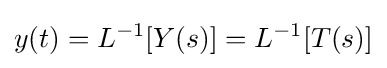
y(t)=L^{-1}[Y(s)]=L^{-1}[T(s)]